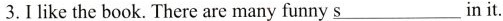
3.Ilike the book. There are many funny \underline{s} in it.